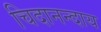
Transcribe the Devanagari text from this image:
चिदानन्दाय